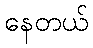
နေတယ်